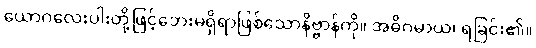
ယောဂလေးပါးတို့ဖြင့်ဘေးမရှိရာဖြစ်သောနိဗ္ဗာန်ကို။ အဓိဂမာယ၊ ရခြင်း၏။